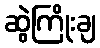
ဆွဲကြိုးချ